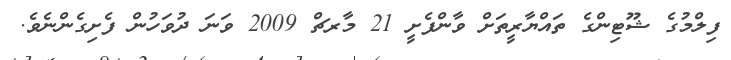
ފިލްމުގެ ޝޫޓިންގެ ތައްޔާރީތަށް ވާންފެށީ 21 މާރޗް 2009 ވަނަ ދުވަހުން ފެށިގެންނެވެ.